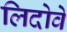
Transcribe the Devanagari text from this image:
लिदोवे